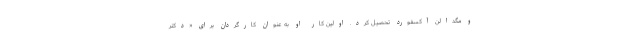
و مگدالن آکسفورد تحصیل کرد. اولین کار او به عنوان کارگردان برای «دکتر